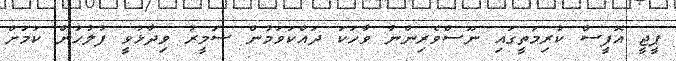
ޕީޖީ އޮފީސް ކުރިމަތީގައި ނޫސްވެރިންނާ ވާހަކަ ދައްކަވަމުން ސަމީރު ވިދާޅުވީ ފުލުހުން ކަމަށް